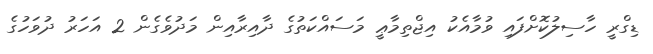
ޑިގްރީ ހާސިލުކޮށްފައި ވުމާއެކު އިޖްތިމާޢީ މަސައްކަތުގެ ދާއިރާއިން މަދުވެގެން 2 އަހަރު ދުވަހުގެ